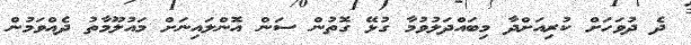
ދެ ދުވަހަށް ކުރިއަށްދާ މިބައްދަލުވުމާ ގުޅޭ ގޮތުން ސަން އޮންލައިނަށް މައުލޫމާތު ދެއްވަމުން